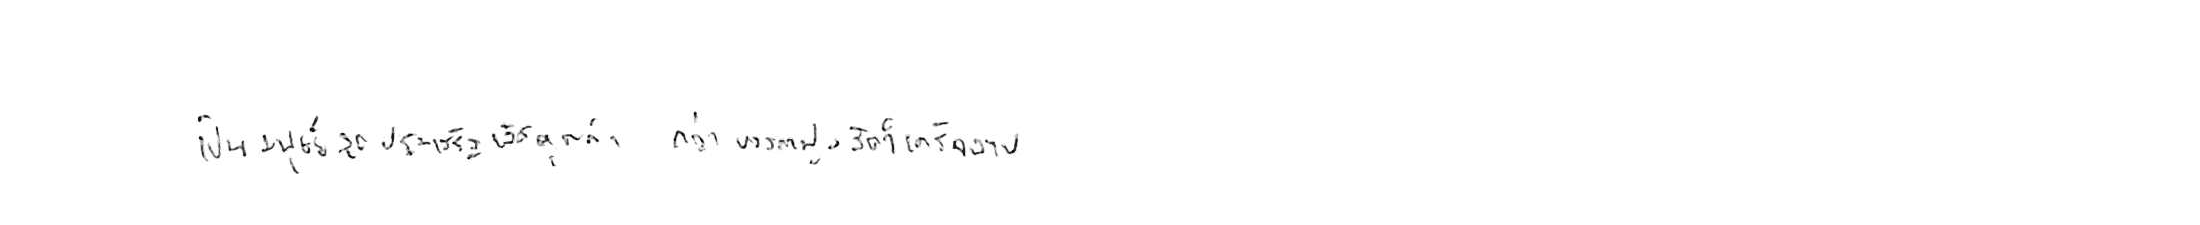
เป็นมนุษย์สุดประเสริฐเลิศคุณค่า กว่าบรรดาฝูงสัตว์เดรัจฉาน